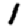
Digit: 1